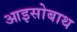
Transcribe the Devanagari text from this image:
आइसोबाथ